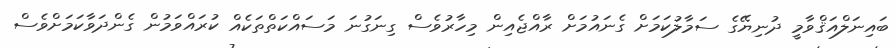
ބައިނަލްއަޤްވާމީ ދުނިޔޭގެ ސަމާލުކަމަށް ގެނައުމަށް ރާއްޖެއިން މިހާރުވެސް ގިނަގުނަ މަސައްކަތްތަކެއް ކުރައްވަމުން ގެންދަވާކަމަށްވެސް